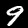
Digit: 9